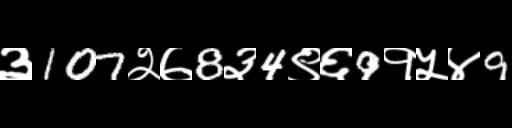
Text: ३107२७8३4९६9१५४9